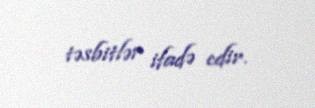
təsbitlər ifadə edir.